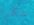
شكرا